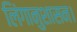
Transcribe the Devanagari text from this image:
लिंगानुशासन।